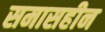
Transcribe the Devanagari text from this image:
समासहीन